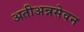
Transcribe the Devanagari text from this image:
अतीअन्नसेवन